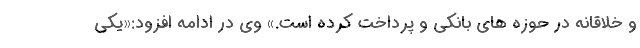
و خلاقانه در حوزه های بانکی و پرداخت کرده است.» وی در ادامه افزود:«یکی